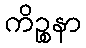
ကိဉ္စနာ